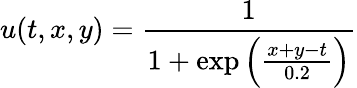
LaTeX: u(t,x,y)=\frac{1}{{1+\exp\left({\frac{{x+y-t}}{{0.2}}}\right)}}